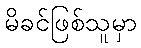
မိခင်ဖြစ်သူမှာ